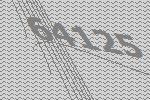
64125